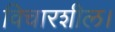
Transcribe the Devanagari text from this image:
विचारशील।